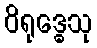
ဝိရုဒ္ဓေသု